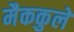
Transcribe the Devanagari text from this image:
मैककुले